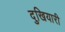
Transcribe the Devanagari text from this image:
दुखियारी